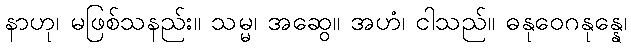
နာဟု၊ မဖြစ်သနည်း။ သမ္မ၊ အဆွေ။ အဟံ၊ ငါသည်။ ဓနုဝေဂနုန္နေ၊